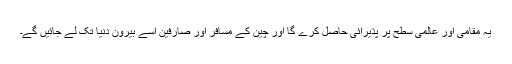
یہ مقامی اور عالمی سطح پر پذیرائی حاصل کرے گا اور چین کے مسافر اور صارفین اسے بیرون دنیا تک لے جائیں گے۔